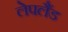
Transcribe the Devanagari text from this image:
लेपलैंड